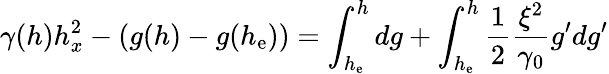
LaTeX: \gamma(h)h_{x}^{2}-(g(h)-g(h_{\mathrm{e}}))=\int_{h_{\mathrm{e}}}^{h}dg+\int_{h_{\mathrm{e}}}^{h}\frac{{1}}{{2}}\frac{{\xi^{2}}}{{\gamma_{0}}}g^{\prime}dg^{\prime}